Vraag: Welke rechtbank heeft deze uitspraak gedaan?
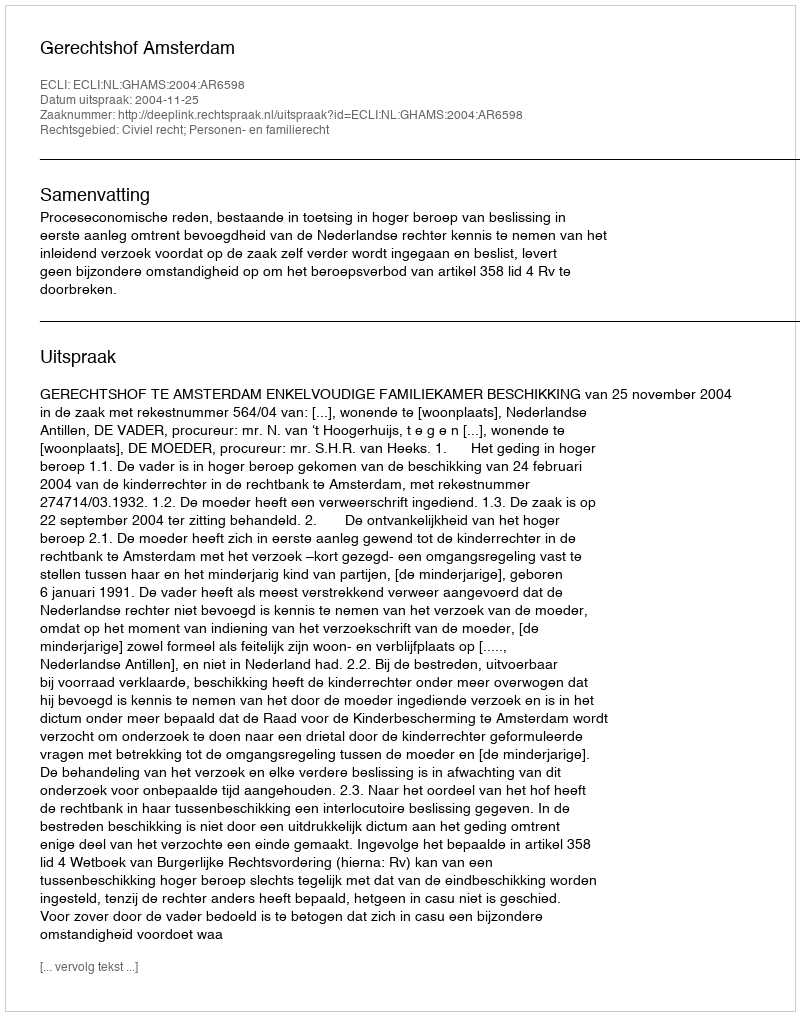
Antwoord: Gerechtshof Amsterdam